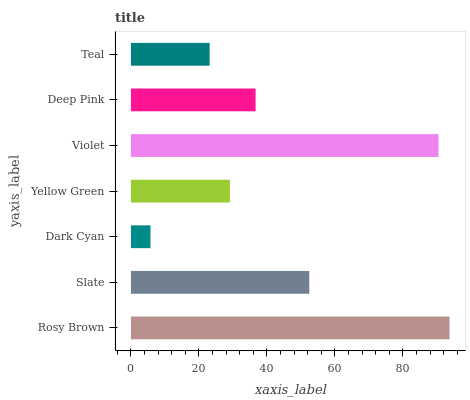
| yaxis_label | bars |
 | --- | --- |
 | Rosy Brown | 93.7 |
 | Slate | 52.5 |
 | Dark Cyan | 5.74 |
 | Yellow Green | 29.1 |
 | Violet | 90.5 |
 | Deep Pink | 36.7 |
 | Teal | 23.1 |